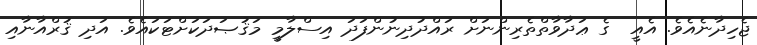
ޖެހިދާނެއެވެ. އެއީ  ގެ ޢަދާވާތްތެރިންނަށް ރައްދުދިނުންފަދަ އިސްލާމީ މަޤުޞަދަކަށްޓަކައެވެ. އަދި ޤުރްއާނާއި